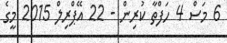
6 މަސް 4 ހަފްތާ ކުރިން - 22 އޭޕްރިލް 2015 މީގެ